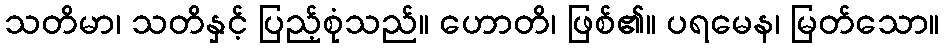
သတိမာ၊ သတိနှင့် ပြည့်စုံသည်။ ဟောတိ၊ ဖြစ်၏။ ပရမေန၊ မြတ်သော။